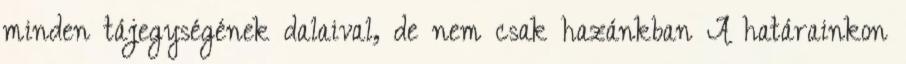
minden tájegységének dalaival, de nem csak hazánkban A határainkon